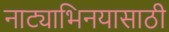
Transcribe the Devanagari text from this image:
नाट्याभिनयासाठी